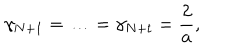
LaTeX: \gamma _ { N + 1 } = \ldots = \gamma _ { N + t } = \frac { 2 } { a } ,